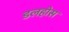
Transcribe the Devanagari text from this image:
डलहोस